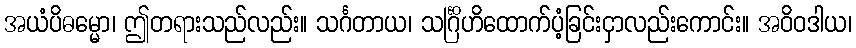
အယံပိဓမ္မော၊ ဤတရားသည်လည်း။ သင်္ဂတာယ၊ သင်္ဂြိဟိထောက်ပံ့ခြင်းငှာလည်းကောင်း။ အဝိဝဒါယ၊